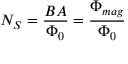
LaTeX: N _ { S } = { \frac { B A } { \Phi _ { 0 } } } = { \frac { \Phi _ { m a g } } { \Phi _ { 0 } } }